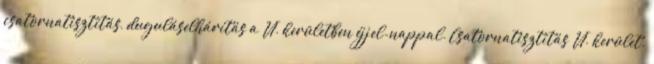
csatornatisztítás, duguláselhárítás a VI. kerületben éjjel-nappal. Csatornatisztítás VI. kerület.